Document type: Sale
Year: 1423
Scribe: Joan Franc
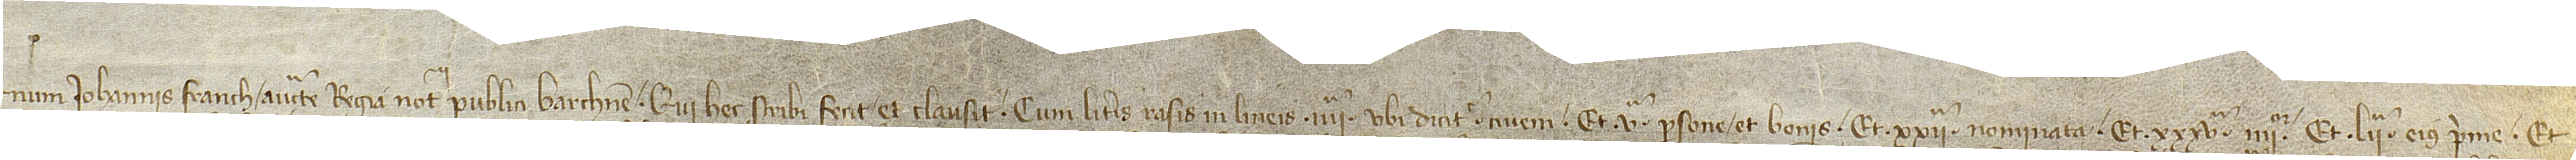
num Iohannis Franch, auctoritate regia notarii publici Barchinone, qui hec scribi fecit et clausit cum literis rasis in lineis IIIIª, ubi dicitur “civem”, et Vª, “persone et bonis”, et XXIIª, “nominata”, et XXXVª, “IIIIor”, et LIIª, “eius prime”, et